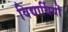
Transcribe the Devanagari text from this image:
विद्यार्थियों